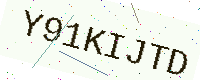
Text: Y91KIJTD